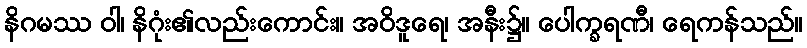
နိဂမဿ ဝါ၊ နိဂုံး၏လည်းကောင်း။ အဝိဒူရေ၊ အနီး၌။ ပေါက္ခရဏီ၊ ရေကန်သည်။